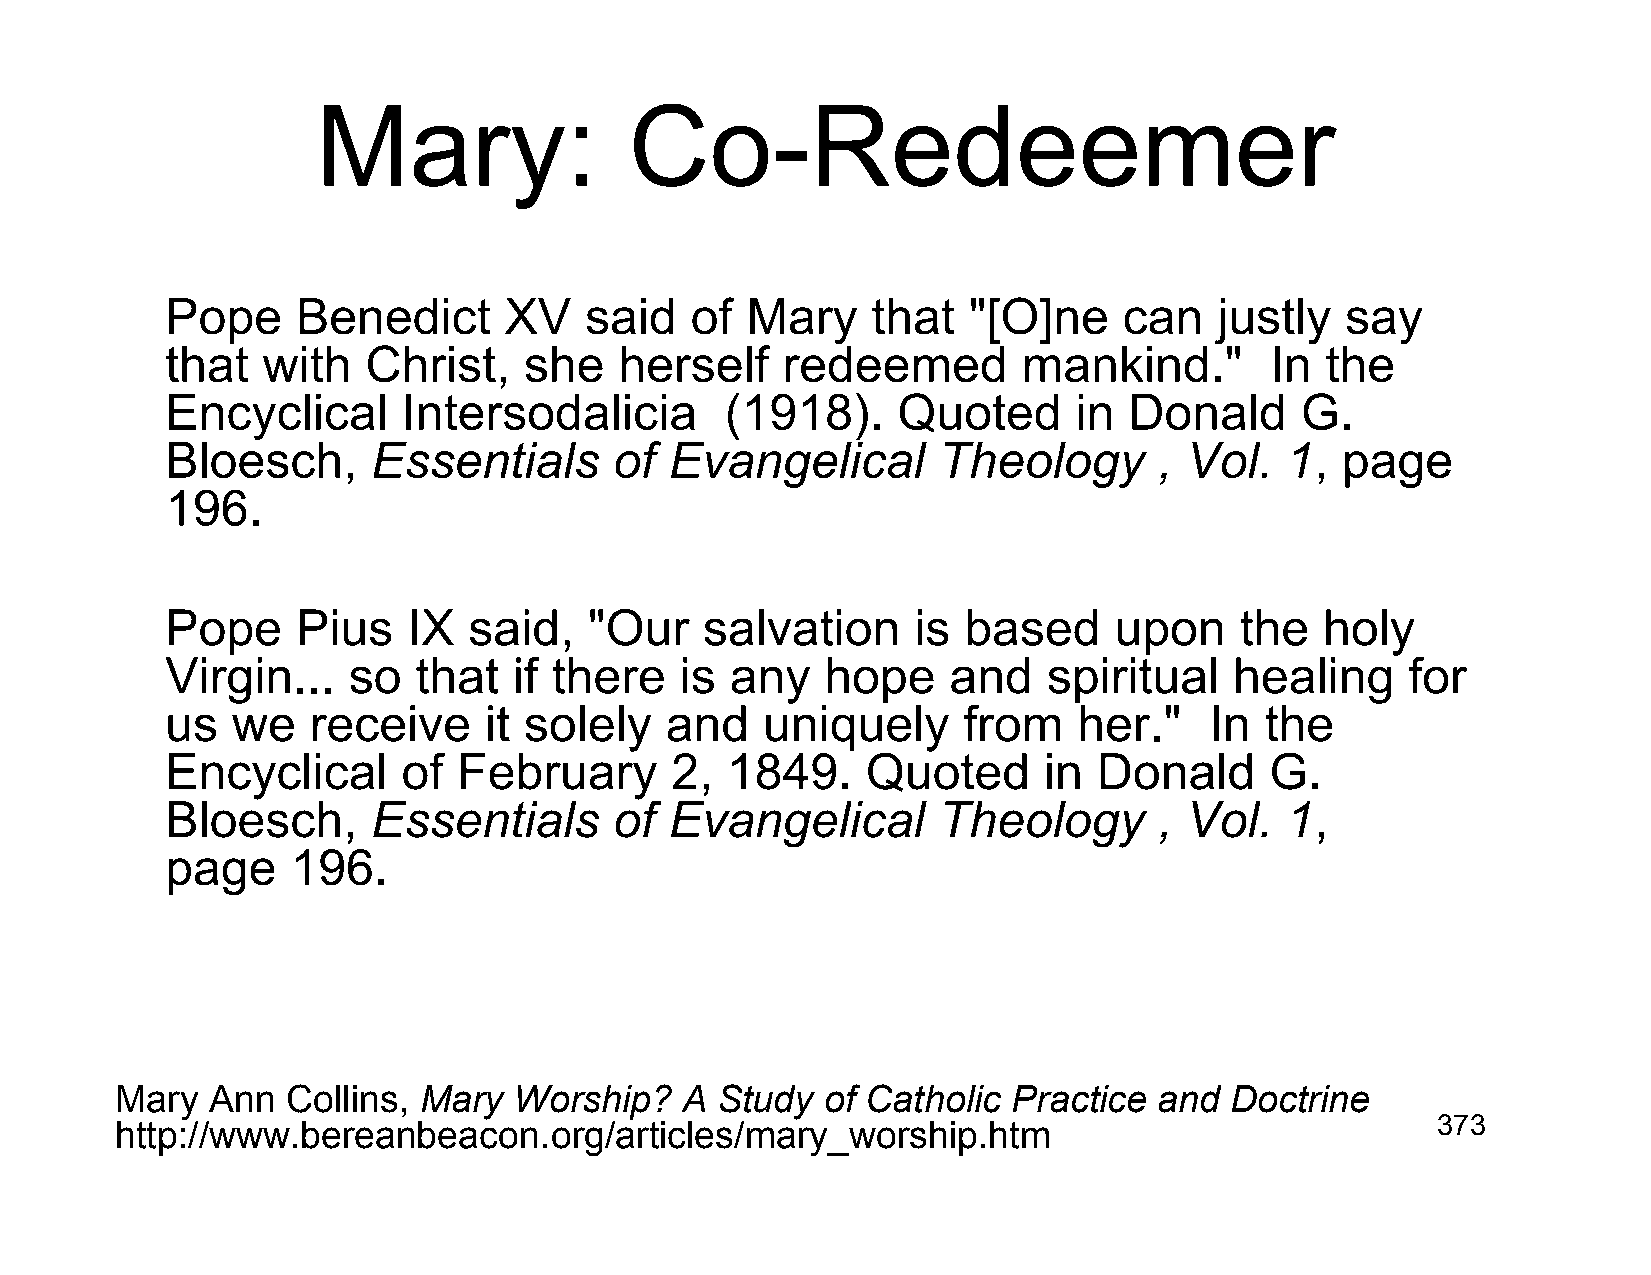
Mary:                Co-Redeemer
 Pope     Benedict     XV    said   of Mary     that  "[O]ne    can    justly  say
 that  with   Christ,    she   herself    redeemed        mankind."       In  the
 Encyclical      Intersodalicia       (1918).    Quoted      in  Donald     G.
 Bloesch,      Essentials      of Evangelical       Theology       , Vol.  1,  page
 196.
 Pope     Pius   IX  said,   "Our    salvation    is  based     upon    the   holy
 Virgin...   so  that   if there   is any    hope    and   spiritual    healing    for
 us  we   receive     it solely   and   uniquely      from   her."    In  the
 Encyclical      of February      2,  1849.    Quoted      in  Donald     G.
 Bloesch,      Essentials      of Evangelical       Theology       , Vol.  1,
 page    196.
 Mary  Ann  Collins, Mary  Worship?   A Study   of Catholic Practice  and Doctrine
 http://www.bereanbeacon.org/articles/mary_worship.htm                                  373